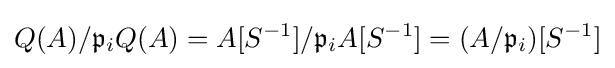
Q(A)/{\mathfrak {p}}_{i}Q(A)=A[S^{-1}]/{\mathfrak {p}}_{i}A[S^{-1}]=(A/{\mathfrak {p}}_{i})[S^{-1}]